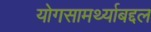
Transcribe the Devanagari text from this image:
योगसामर्थ्याबद्दल